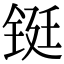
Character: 铤